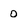
Character: 0